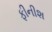
ફીનીશ